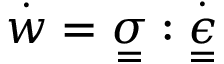
\overset { \cdot } { w } = \underset { = } { \sigma } : \overset { \cdot } { \underset { = } { \epsilon } }